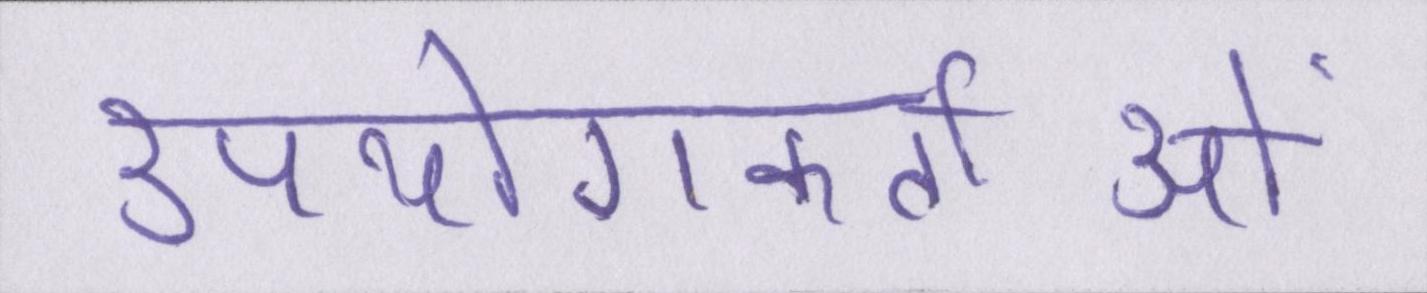
उपयोगकर्ताओं